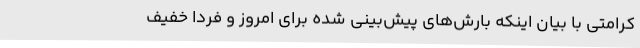
کرامتی با بیان اینکه بارش‌های پیش‌بینی‌ شده برای امروز و فردا خفیف